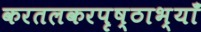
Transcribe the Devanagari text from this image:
करतलकरपृष्ठाभ्याँ